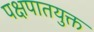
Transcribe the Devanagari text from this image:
पक्षपातयुक्त